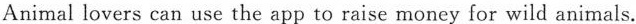
Animal lovers can use theapp to raise money for wild animals.